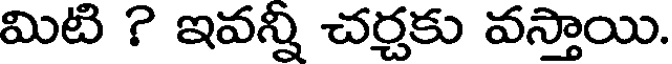
మిటి ? ఇవన్ని చర్చకు వస్తాయి.